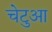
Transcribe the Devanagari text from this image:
चेटुआ